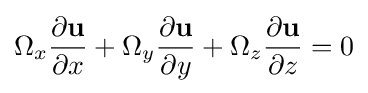
\Omega _{x}{\frac {\partial {\mathbf {u} }}{\partial x}}+\Omega _{y}{\frac {\partial {\mathbf {u} }}{\partial y}}+\Omega _{z}{\frac {\partial {\mathbf {u} }}{\partial z}}=0